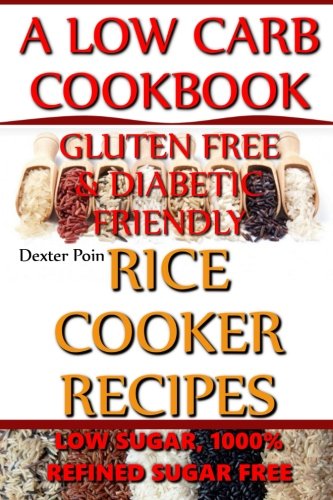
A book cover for Rice Cooker Recipes - A Low Carb Cookbook - Low Sugar & 1001% Refined Sugar Free - Gluten Free & Diabetic Friendly (Rice Rice Baby - Rice Cooker Cookbook) (Volume 2); Dexter Poin; Cookbooks, Food & Wine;